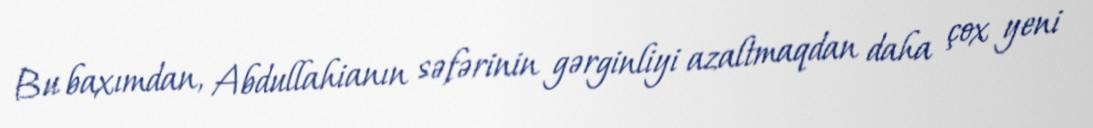
Bu baxımdan, Abdullahianın səfərinin gərginliyi azaltmaqdan daha çox yeni